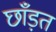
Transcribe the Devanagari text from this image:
छाँड़त